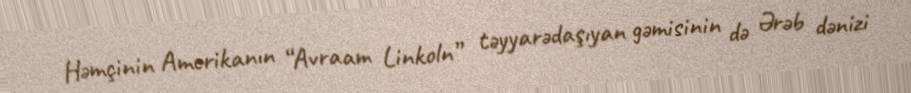
Həmçinin Amerikanın “Avraam Linkoln” təyyarədaşıyan gəmisinin də Ərəb dənizi